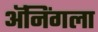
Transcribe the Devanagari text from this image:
ॲनिंगला